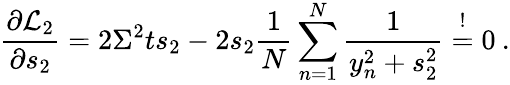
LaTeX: \frac{\partial{\cal L}_{2}}{\partial s_{2}}=2\Sigma^{2}ts_{2}-2s_{2}\frac{1}{N}\sum_{n=1}^{N}\frac{1}{y_{n}^{2}+s_{2}^{2}}\stackrel{!}{=}0\: .